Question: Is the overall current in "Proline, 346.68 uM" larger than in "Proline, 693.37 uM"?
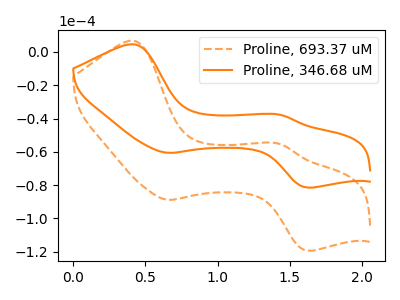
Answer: <think>The orange dashed curve "Proline, 693.37 uM" has anodic peaks at (0.40V, 6.65uA) (1.45V, -55.25uA) and cathodic peaks at (0.65V, -88.80uA) (1.60V, -119.35uA). The orange curve "Proline, 346.68 uM" has anodic peaks at (0.40V, 4.55uA) (1.45V, -37.70uA) and cathodic peaks at (0.65V, -60.60uA) (1.60V, -81.45uA).
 All the peaks in "Proline, 346.68 uM" have a peak in "Proline, 693.37 uM" at the same potential.</think>
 <answer>I cant tell if "Proline, 346.68 uM" or "Proline, 693.37 uM" has more signal.</answer>
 <eval>mixed_signal</eval>